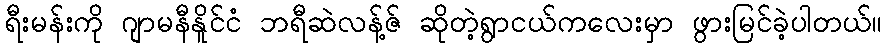
ရီးမန်းကို ဂျာမနီနိူင်ငံ ဘရီဆဲလန့်ဇ် ဆိုတဲ့ရွာငယ်ကလေးမှာ ဖွားမြင်ခဲ့ပါတယ်။